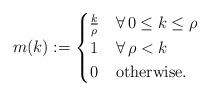
LaTeX: \begin{align*} m(k):=\begin{cases} \frac{k}{\rho} & \forall\,0\leq k\leq\rho\\ 1 & \forall\,\rho<k\\ 0 & \mbox{otherwise.} \end{cases}\end{align*}